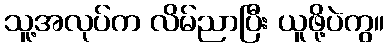
သူ့အလုပ်က လိမ်ညာပြီး ယူဖို့ပဲကွ။